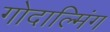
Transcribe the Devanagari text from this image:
गोदाल्मिंग